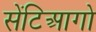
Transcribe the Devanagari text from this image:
सेंटिआगो